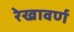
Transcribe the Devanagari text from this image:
रेखावर्ण